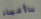
بالأشياء